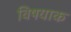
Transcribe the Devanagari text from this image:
विषयाक